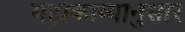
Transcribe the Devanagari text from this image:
महाकाव्यानुसार